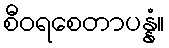
စီဝရစေတာပန္နံ။